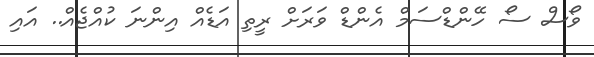
ވޯސް ސޯ ހޭންޑްސަމް އެންޑް ވަރަށް ރީތި އަޑެއް އިންނަ ކުއްޖެއް.. އައި